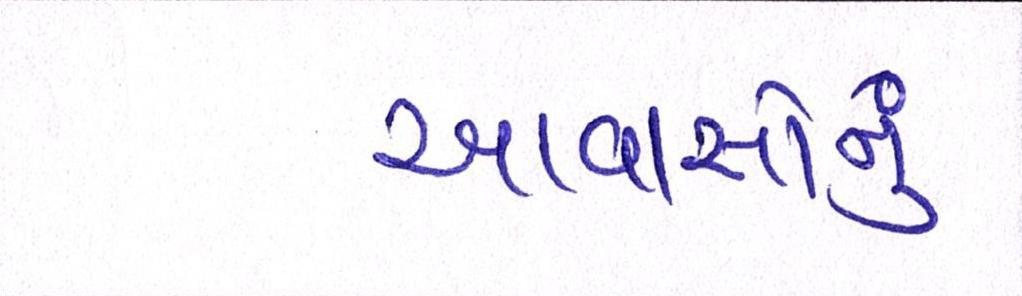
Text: આવાસોનું